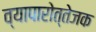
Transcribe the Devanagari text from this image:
व्यापारोत्तेजक